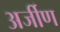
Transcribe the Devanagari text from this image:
अर्जीण